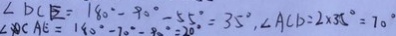
\angle D C E = 1 8 0 ^ { \circ } - 9 0 ^ { \circ } - 5 5 ^ { \circ } = 3 5 ^ { \circ } , \angle A C D = 2 \times 3 5 ^ { \circ } = 7 0 ^ { \circ }